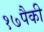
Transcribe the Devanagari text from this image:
१७पैकी